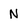
Character: N